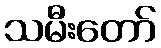
သမီးတော်